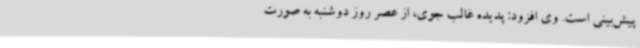
پیش‌بینی است. وی افزود: پدیده غالب جوی، از عصر روز دوشنبه به صورت